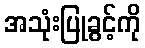
အသုံးပြုခွင့်ကို